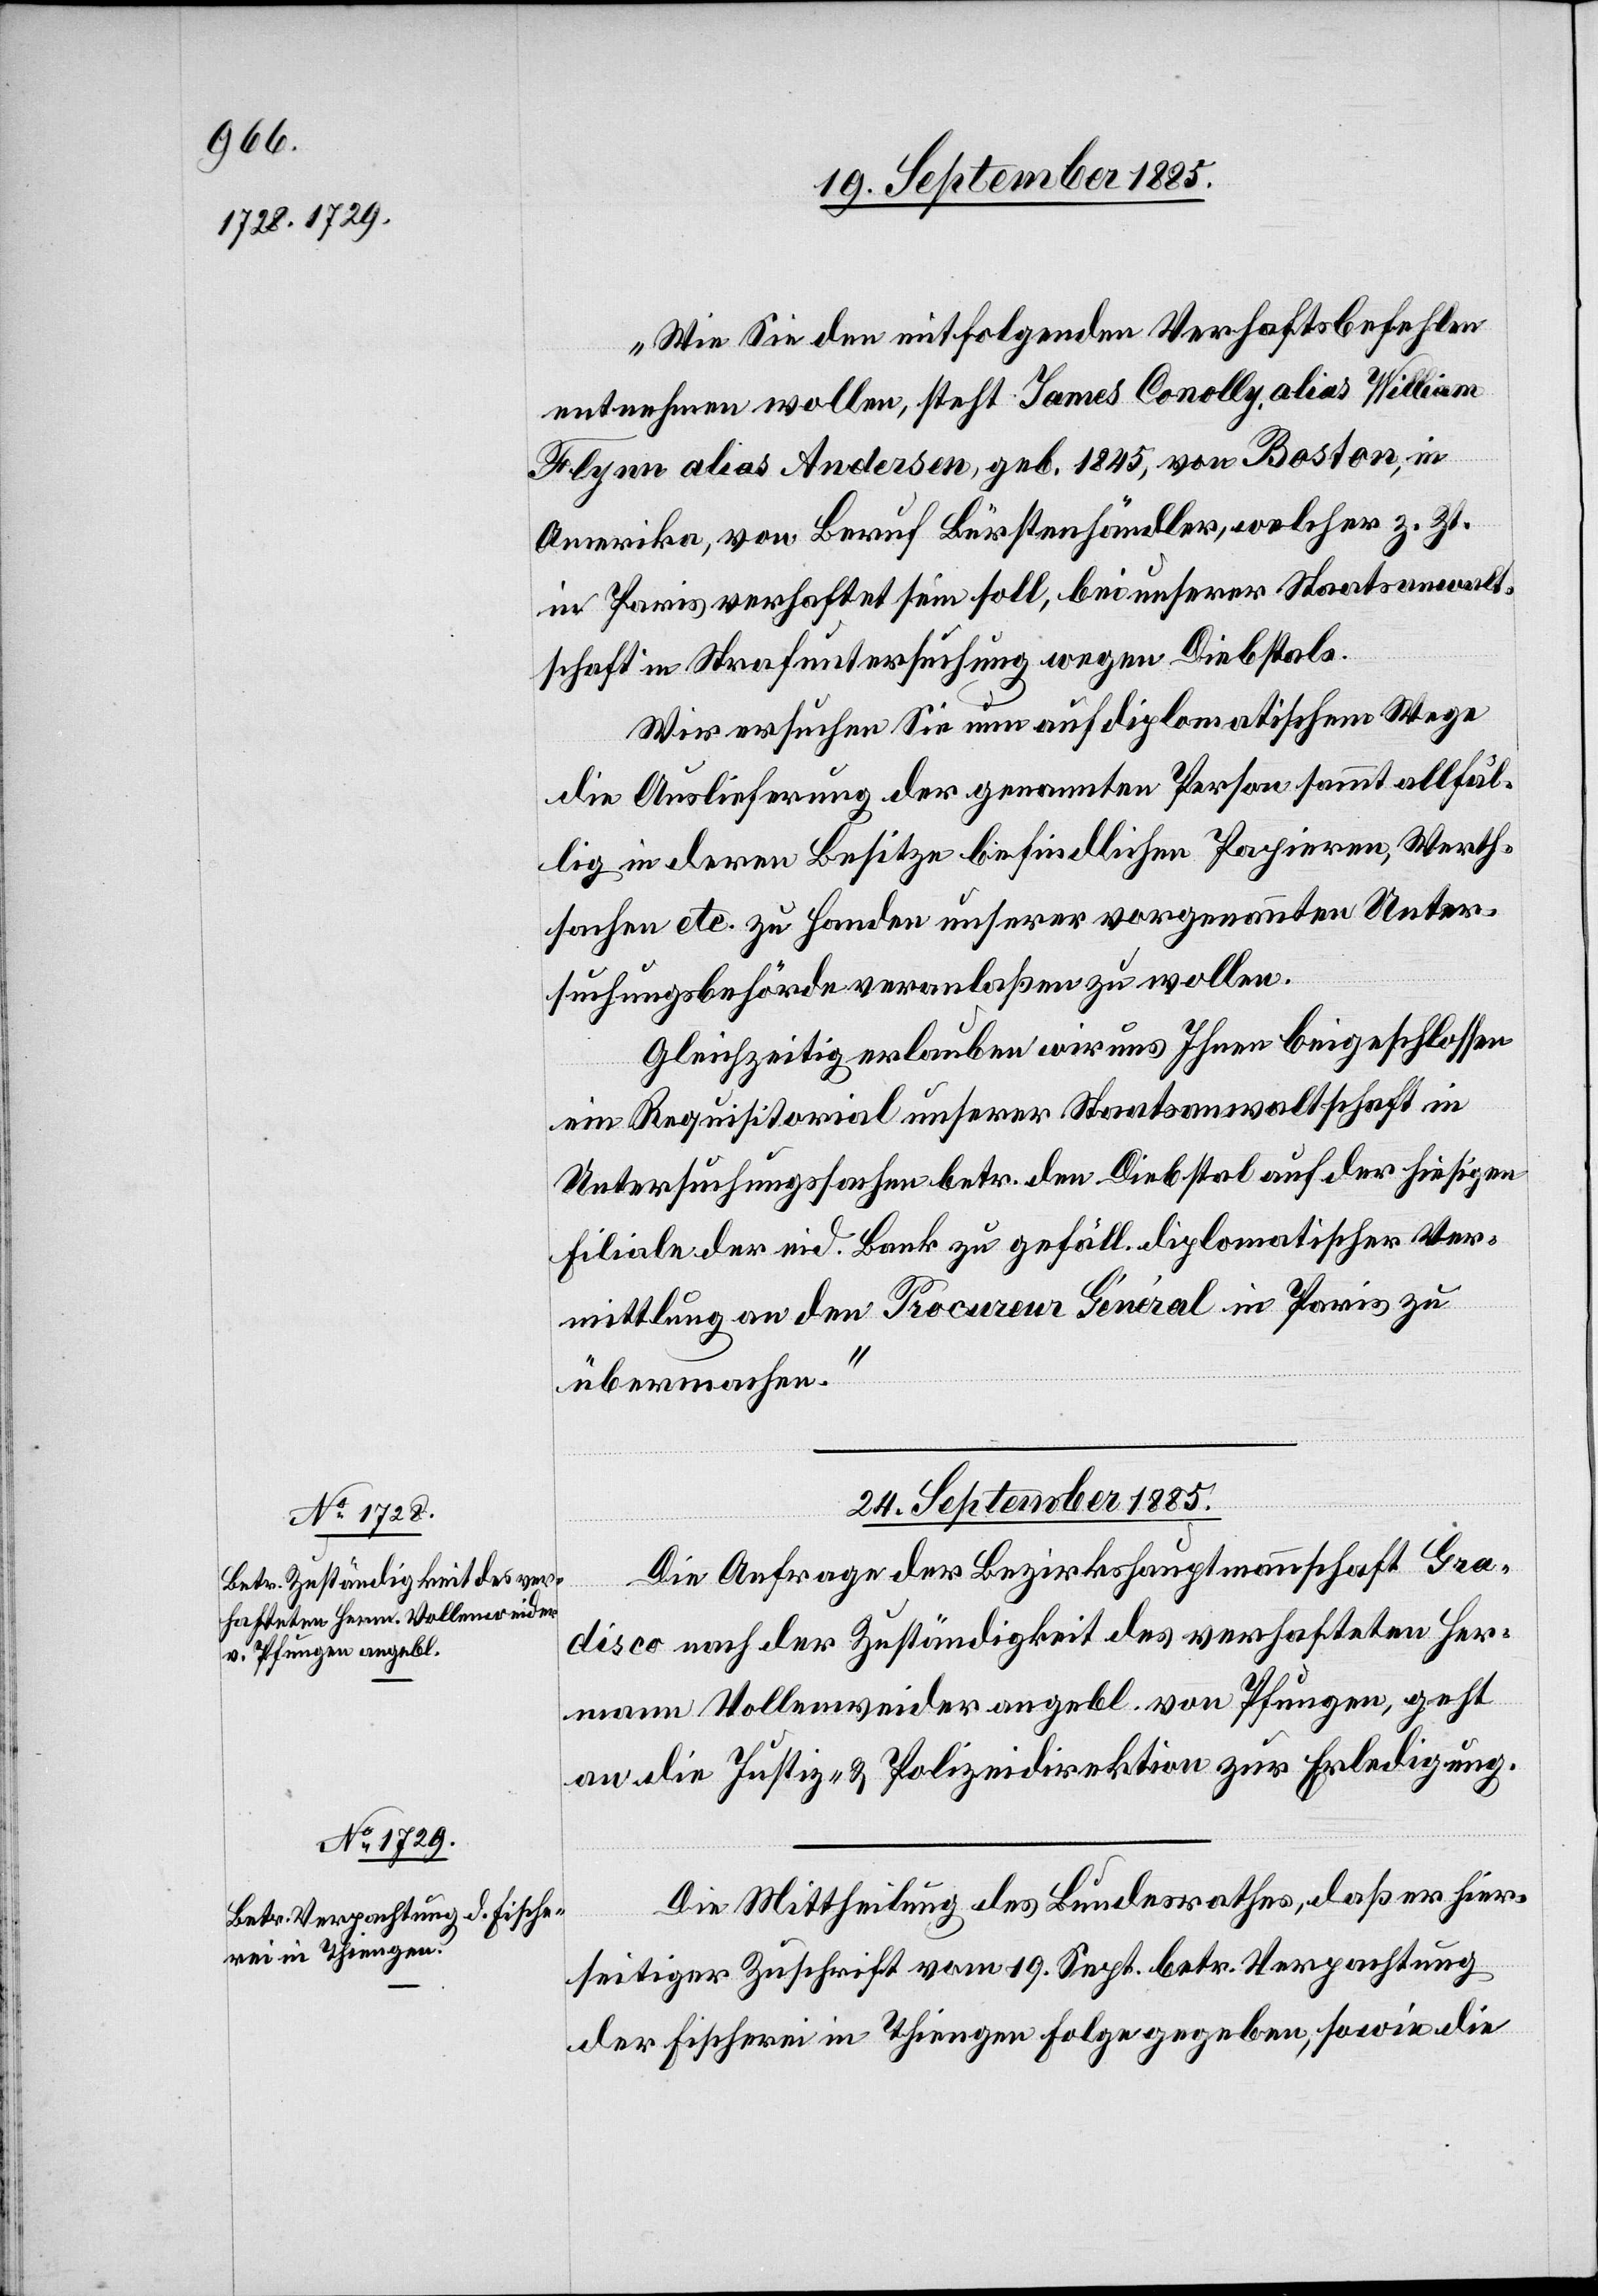
„Wie Sie den mitfolgenden Verhaftsbefehlen
entnehmen wollen, steht James Conolly alias William
Flynn alias Andersen, geb. 1845, von Boston, in
Amerika, von Beruf Bürstenhändler, welcher z. Zt.
in Paris verhaftet sein soll, bei unserer Staatsanwalt¬
schaft in Strafuntersuchung wegen Diebstals.
Wir ersuchen Sie nun auf diplomatischem Wege
die Auslieferung der genannten Person sammt allfäl¬
lig in deren Besitze befindlichen Papieren Werth¬
sachen etc. zu Handen unserer vorgenannten Unter¬
suchungsbehörde veranlaßen zu wollen.
Gleichzeitig erlauben wir uns Ihnen beigeschlossen
ein Requisitorial unserer Staatsanwaltschaft in
Untersuchungssachen betr. den Diebstal auf der hiesigen
Filiale der eid. Bank zu gefäll. diplomatischer Ver¬
mittlung an den Procureur Général in Paris zu
übermachen.“
24. September 1885.]
Die Anfrage der Bezirkshauptmannschaft Gra¬
disca nach der Zuständigkeit des verhafteten Her¬
mann Vollenweider angebl. von Pfungen, geht
an die Justiz- & Polizeidirektion zur Erledigung.
Die Mittheilung des Bundesrathes, daß er hier¬
seitiger Zuschrift vom 19. Sept. betr. Verpachtung
der Fischerei in Thiengen Folge gegeben, sowie die